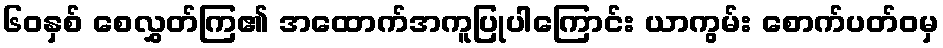
၆၀နှစ် စေလွှတ်ကြ၏ အထောက်အကူပြုပါကြောင်း ယာကွမ်း စောက်ပတ်ဝမှ